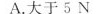
A.大于5N